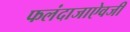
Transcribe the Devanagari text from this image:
फलंदाजाऐवजी